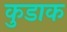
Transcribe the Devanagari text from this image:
कुडाक